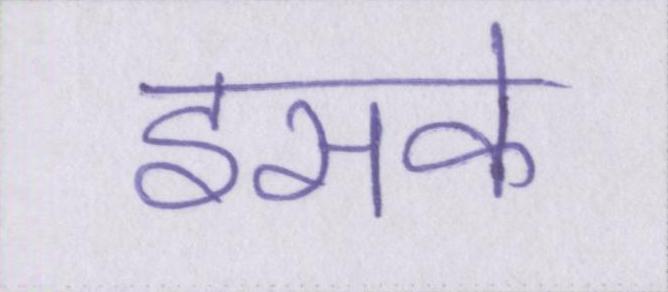
इसके